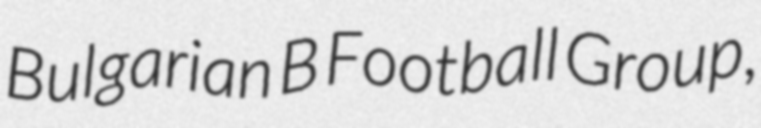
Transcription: Bulgarian B Football Group,